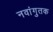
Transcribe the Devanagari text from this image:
नवांगुतक